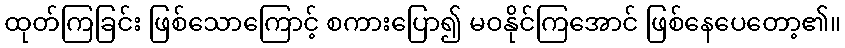
ထုတ်ကြခြင်း ဖြစ်သောကြောင့် စကားပြော၍ မဝနိုင်ကြအောင် ဖြစ်နေပေတော့၏။